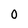
Character: 0